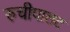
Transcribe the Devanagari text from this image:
रुचीपालट